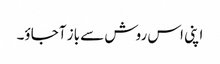
اپنی اس روش سے باز آجاؤ۔